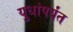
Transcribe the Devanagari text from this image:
युधांपर्यंत